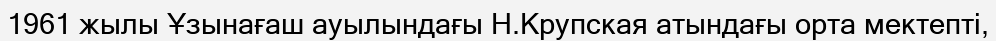
1961 жылы Ұзынағаш ауылындағы Н.Крупская атындағы орта мектепті,